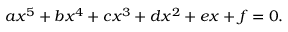
a x ^ { 5 } + b x ^ { 4 } + c x ^ { 3 } + d x ^ { 2 } + e x + f = 0 .